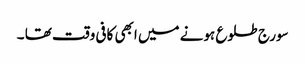
سورج طلوع ہونے میں ابھی کافی وقت تھا ۔